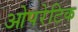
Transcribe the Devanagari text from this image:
ओपरेटिक